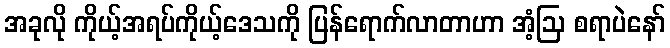
အခုလို ကိုယ့်အရပ်ကိုယ့်ဒေသကို ပြန်ရောက်လာတာဟာ အံ့ဩ စရာပဲနော်